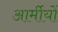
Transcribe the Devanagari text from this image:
आर्मीयों